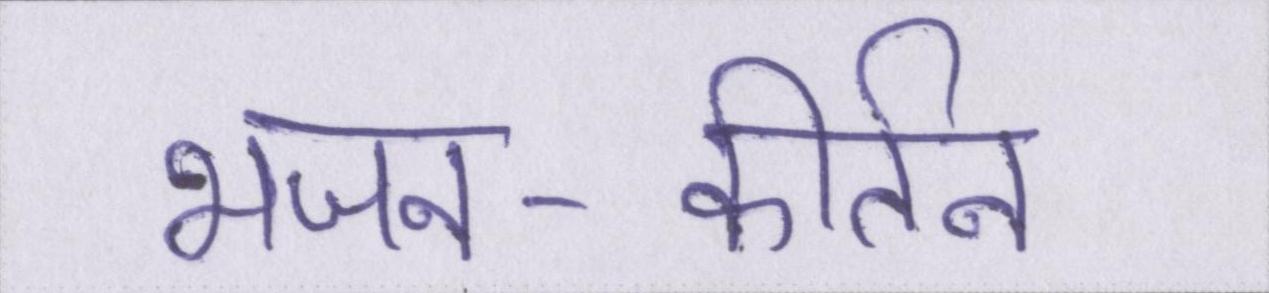
भजन-कीर्तन